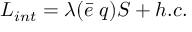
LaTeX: { \cal L } _ { i n t } = \lambda ( \bar { e } \; q ) S + h . c .